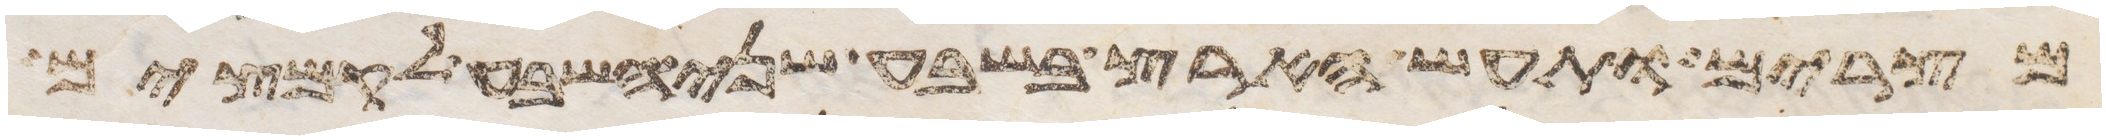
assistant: מצרים ותעש הארץ בשבע שני השבע לקמצים